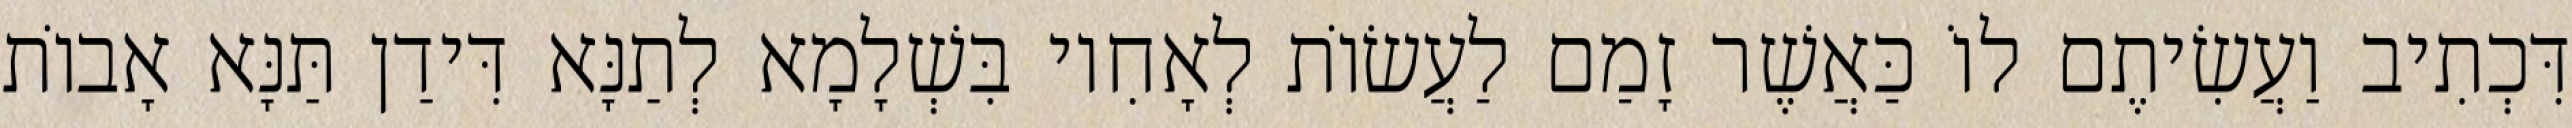
דִּכְתִיב וַעֲשִׂיתֶם לוֹ כַּאֲשֶׁר זָמַם לַעֲשׂוֹת לְאָחִיו בִּשְׁלָמָא לְתַנָּא דִּידַן תַּנָּא אָבוֹת